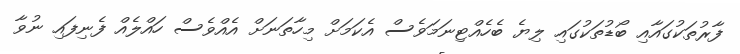
ފާރުތަކުގައާއި ބޯޑުތަކުގައި ލިޔެ ބެހެއްޓިނަމަވެސް އެކަމަށް މިހާތަނަށް އެއްވެސް ހައްލެއް ފެނިފައި ނުވާ